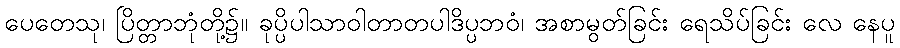
ပေတေသု၊ ပြိတ္တာဘုံတို့၌။ ခုပ္ပိပါသာဝါတာတပါဒိပ္ပဘဝံ၊ အစာမွတ်ခြင်း ရေသိပ်ခြင်း လေ နေပူ